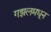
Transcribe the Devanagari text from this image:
गझलमधून